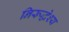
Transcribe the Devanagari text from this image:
निरूद्धेश्य